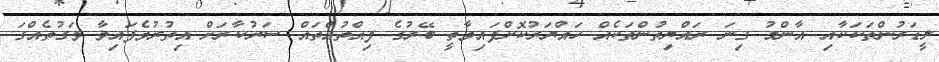
ލީޑަރުންތަކަކާއި އާންމު ގިނަ ރައްޔިތުންތަކެއް ހައްޔަރުކޮށްފައިވާތީ ބޭރުގެ ފިއްތުއްތައް ސަރުކާރަށް އިތުރުވެފައިވާ ވަގުތެއްގަ